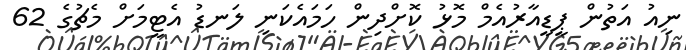
ނިއު އަތުން ޕީޑީއާރުއެމް މޮޅު ކޮށްދިން ހަމައެކަނި ލަނޑު އެޓީމަށް މެޗުގެ 62